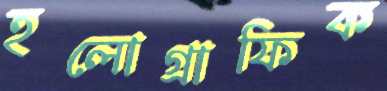
হলোগ্রাফিক